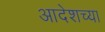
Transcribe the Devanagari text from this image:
आदेशच्या